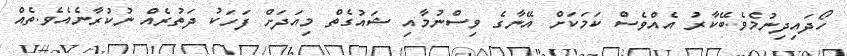
ހޯދައިދިނުމެވެ.ބޭކާރު އެއްވެސް ކަމަކަށް އޭނާގެ ވިސްނުމާއި ޝައުގެތް މިއަދަށް ފަހަކު ދަތުރެއް ނުކުރާނެއެވެ.ތެއް